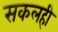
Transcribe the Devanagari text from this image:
सकलही